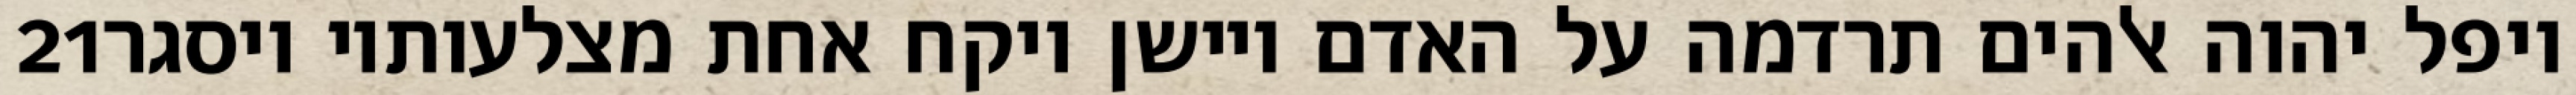
‎21‏ ויפל יהוה אלהים תרדמה על האדם ויישן ויקח אחת מצלעותיו ויסגר